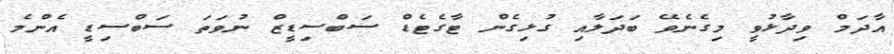
އާދަމް ވިދާޅުވީ މިގެނެވޭ ބަދަލާއި ގުޅިގެން ޓާގެޓެޑް ސަބްސިޑީޒް ނުވަތަ ސަބްސިޑީ އެންމެ